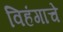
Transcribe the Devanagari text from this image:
विहंगाचे